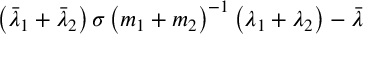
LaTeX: \left( \bar { \lambda } _ { 1 } + \bar { \lambda } _ { 2 } \right) \sigma \left( m _ { 1 } + m _ { 2 } \right) ^ { - 1 } \left( \lambda _ { 1 } + \lambda _ { 2 } \right) - \bar { \lambda }